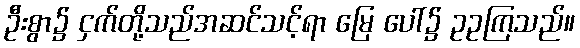
ဦးစွာ၌ ငှက်တို့သည်အဆင်သင့်ရာ မြေ ပေါ်၌ ဥဥကြသည်။